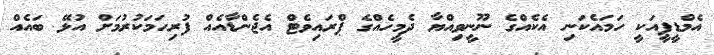
އެމްޑީޕީއަކީ ހަމައެކަނި އެކެއްގެ ނޫނީވިއްޔާ ދެމީހެއްގެ ޕްރައިވެޓް އެޖެންޑާއެއް ފުރިހަމަކުރުމަށް އުޅޭ ބައެއް